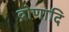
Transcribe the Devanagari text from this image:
द्रोणादि